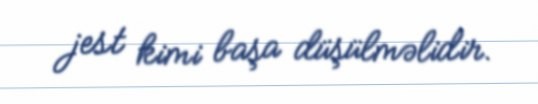
jest kimi başa düşülməlidir.